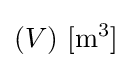
(V)\ \mathrm {[m^{3}]}